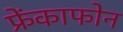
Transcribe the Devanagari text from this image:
फ्रेंकाफोन